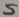
Text: S